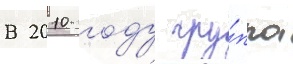
В 2010 году гру́ппа